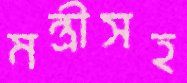
মন্ত্রীসহ